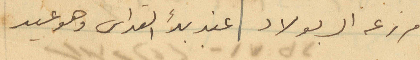
مزرعه ال بولاد عند بدء القداس وهو عيد